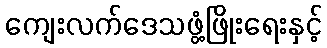
ကျေးလက်ဒေသဖွံ့ဖြိုးရေးနှင့်